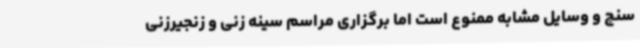
سنج و وسایل مشابه ممنوع است اما برگزاری مراسم سینه زنی و زنجیرزنی